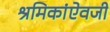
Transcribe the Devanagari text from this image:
श्रमिकांऐवजी